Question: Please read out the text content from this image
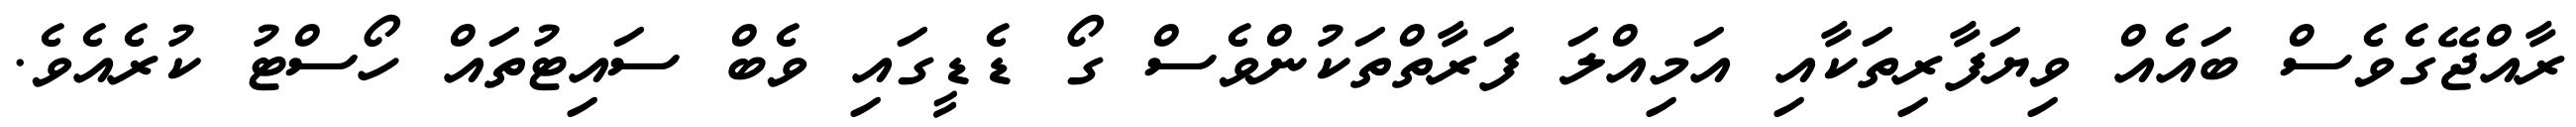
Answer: ރާއްޖޭގެވެސް ބައެއް ވިޔަފާރިތަކާއި އަމިއްލަ ފަރާތްތަކުންވެސް ގޯ ޑެޑީގައި ވެބް ސައިޓުތައް ހޯސްޓު ކުރެއެވެ.